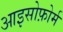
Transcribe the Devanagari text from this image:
आइसोफ़ोर्म